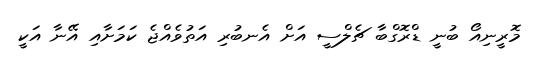
މޮރީނިއޯ ބުނީ ޑްރޮގްބާ ޗެލްސީ އަށް އެނބުރި އަތުވެއްޖެ ކަމަށާއި އޭނާ އަކީ